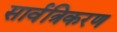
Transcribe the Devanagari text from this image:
सार्वत्रिकरण